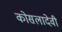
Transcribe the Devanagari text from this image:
कोसलादेवी